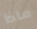
ماذا